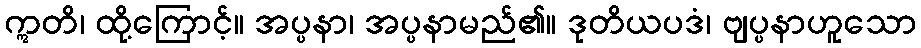
ဣတိ၊ ထို့ကြောင့်။ အပ္ပနာ၊ အပ္ပနာမည်၏။ ဒုတိယပဒံ၊ ဗျပ္ပနာဟူသော